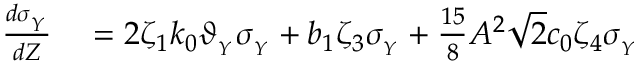
\begin{array} { r l } { \frac { d \sigma _ { _ Y } } { d Z } } & { { } = 2 \zeta _ { 1 } k _ { 0 } \vartheta _ { _ { Y } } \sigma _ { _ Y } + b _ { 1 } \zeta _ { 3 } \sigma _ { _ Y } + \frac { 1 5 } { 8 } A ^ { 2 } \sqrt { 2 } c _ { 0 } \zeta _ { 4 } \sigma _ { _ Y } } \end{array}